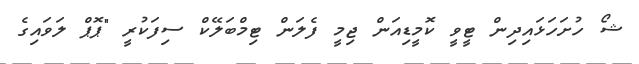
ޝޯ ހުށަހަޅައިދިން ޓީވީ ކޮމީޑިއަން ޖިމީ ފެލަން ޓިމްބަލޭކް ސިފަކުރީ "ޕޮޕް ލަވައިގެ